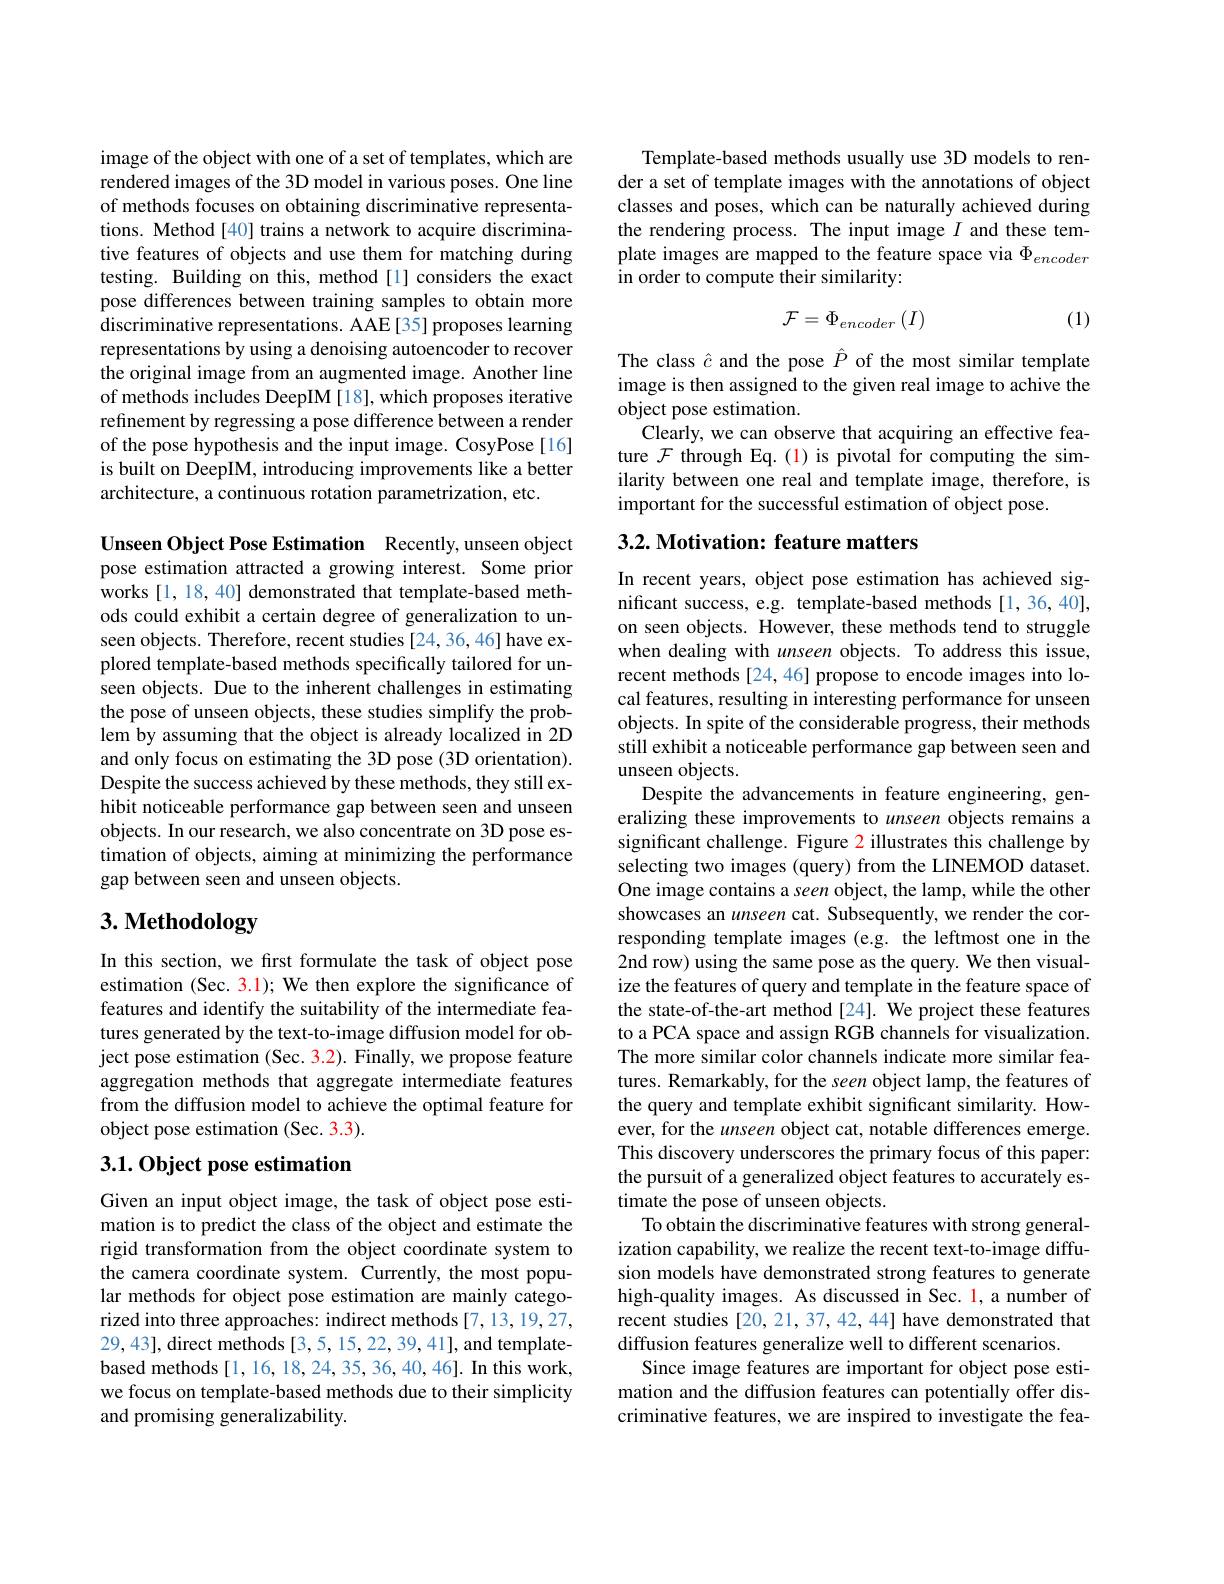
image of the object with one of a set of templates, which are rendered images of the 3D model in various poses. One line of methods focuses on obtaining discriminative representations. Method[40] trains a network to acquire discriminative features of objects and use them for matching during testing. Building on this, method[1] considers the exact pose differences between training samples to obtain more discriminative representations. AAE[35] proposes learning representations by using a denoising autoencoder to recover the original image from an augmented image. Another line of methods includes DeepIM[18], which proposes iterative refinement by regressing a pose difference between a render of the pose hypothesis and the input image. CosyPose[16] is built on DeepIM, introducing improvements like a better architecture, a continuous rotation parametrization, etc.

Unseen Object Pose Estimation Recently,unseen object pose estimation attracted a growing interest. Some prior works [1, 18, 40] demonstrated that template-based methods could exhibit a certain degree of generalization to unseen objects. Therefore, recent studies [24,36,46] have explored template-based methods specifically tailored for unseen objects. Due to the inherent challenges in estimating the pose of unseen objects, these studies simplify the problem by assuming that the object is already localized in 2D and only focus on estimating the 3D pose (3D orientation). Despite the success achieved by these methods, they still exhibit noticeable performance gap between seen and unseen objects. In our research, we also concentrate on 3D pose estimation of objects, aiming at minimizing the performance gap between seen and unseen objects.

# 3. Methodology

In this section, we first formulate the task of object pose estimation (Sec. 3.1); We then explore the significance of features and identify the suitability of the intermediate features generated by the text-to-image diffusion model for object pose estimation (Sec. 3.2). Finally, we propose feature aggregation methods that aggregate intermediate features from the diffusion model to achieve the optimal feature for object pose estimation (Sec. 3.3).

## $3. 1. \textbf{Object pose estimation}$

Given an input object image, the task of object pose estimation is to predict the class of the object and estimate the rigid transformation from the object coordinate system to the camera coordinate system. Currently, the most popular methods for object pose estimation are mainly categorized into three approaches: indirect methods [7,13,19,27, 29,43], direct methods [3,5, 15, 22, 39, 41], and templatebased methods [1, 16, 18, 24, 35, 36, 40, 46]. In this work, we focus on template-based methods due to their simplicity and promising generalizability.

Template-based methods usually use 3D models to render a set of template images with the annotations of object classes and poses, which can be naturally achieved during the rendering process. The input image $I$ and these template images are mapped to the feature space via $\Phi_{encoder}$ in order to compute their similarity:
$$\mathcal{F}=\Phi_{encoder}\left(I\right)$$
(1)

The class $\hat{c}$ and the pose $\hat{P}$ of the most similar template image is then assigned to the given real image to achive the object pose estimation.
Clearly, we can observe that acquiring an effective feature $\mathcal{F}$ through Eq.(1) is pivotal for computing the similarity between one real and template image, therefore, is important for the successful estimation of object pose.

## 3.2. Motivation: feature matters

In recent years, object pose estimation has achieved significant success, e.g. template-based methods [1,36,40], on seen objects. However, these methods tend to struggle when dealing with unseen objects. To address this issue, recent methods[24,46] propose to encode images into local features, resulting in interesting performance for unseen objects. In spite of the considerable progress, their methods still exhibit a noticeable performance gap between seen and unseen objects.
Despite the advancements in feature engineering, generalizing these improvements to unseen objects remains a significant challenge. Figure 2 illustrates this challenge by selecting two images (query) from the LINEMOD dataset. One image contains a seen object, the lamp, while the other showcases an unseen cat. Subsequently, we render the corresponding template images (e.g. the leftmost one in the 2nd row) using the same pose as the query. We then visualize the features of query and template in the feature space of the state-of-the-art method[24]. We project these features to a PCA space and assign RGB channels for visualization. The more similar color channels indicate more similar features. Remarkably, for the seen object lamp, the features of the query and template exhibit significant similarity. However, for the unseen object cat, notable differences emerge. This discovery underscores the primary focus of this paper: the pursuit of a generalized object features to accurately estimate the pose of unseen objects
To obtain the discriminative features with strong generalization capability, we realize the recent text-to-image diffusion models have demonstrated strong features to generate high-quality images. As discussed in Sec. 1, a number of recent studies [20, 21, 37, 42, 44] have demonstrated that diffusion features generalize well to different scenarios.
Since image features are important for object pose estimation and the diffusion features can potentially offer discriminative features, we are inspired to investigate the fea-